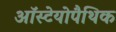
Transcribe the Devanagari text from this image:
ऑस्टेयोपैथिक